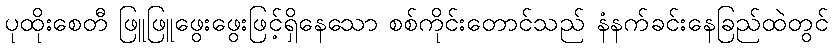
ပုထိုးစေတီ ဖြူဖြူဖွေးဖွေးဖြင့်ရှိနေသော စစ်ကိုင်းတောင်သည် နံနက်ခင်းနေခြည်ထဲတွင်